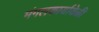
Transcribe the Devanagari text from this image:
मंगलकार्यावेळी